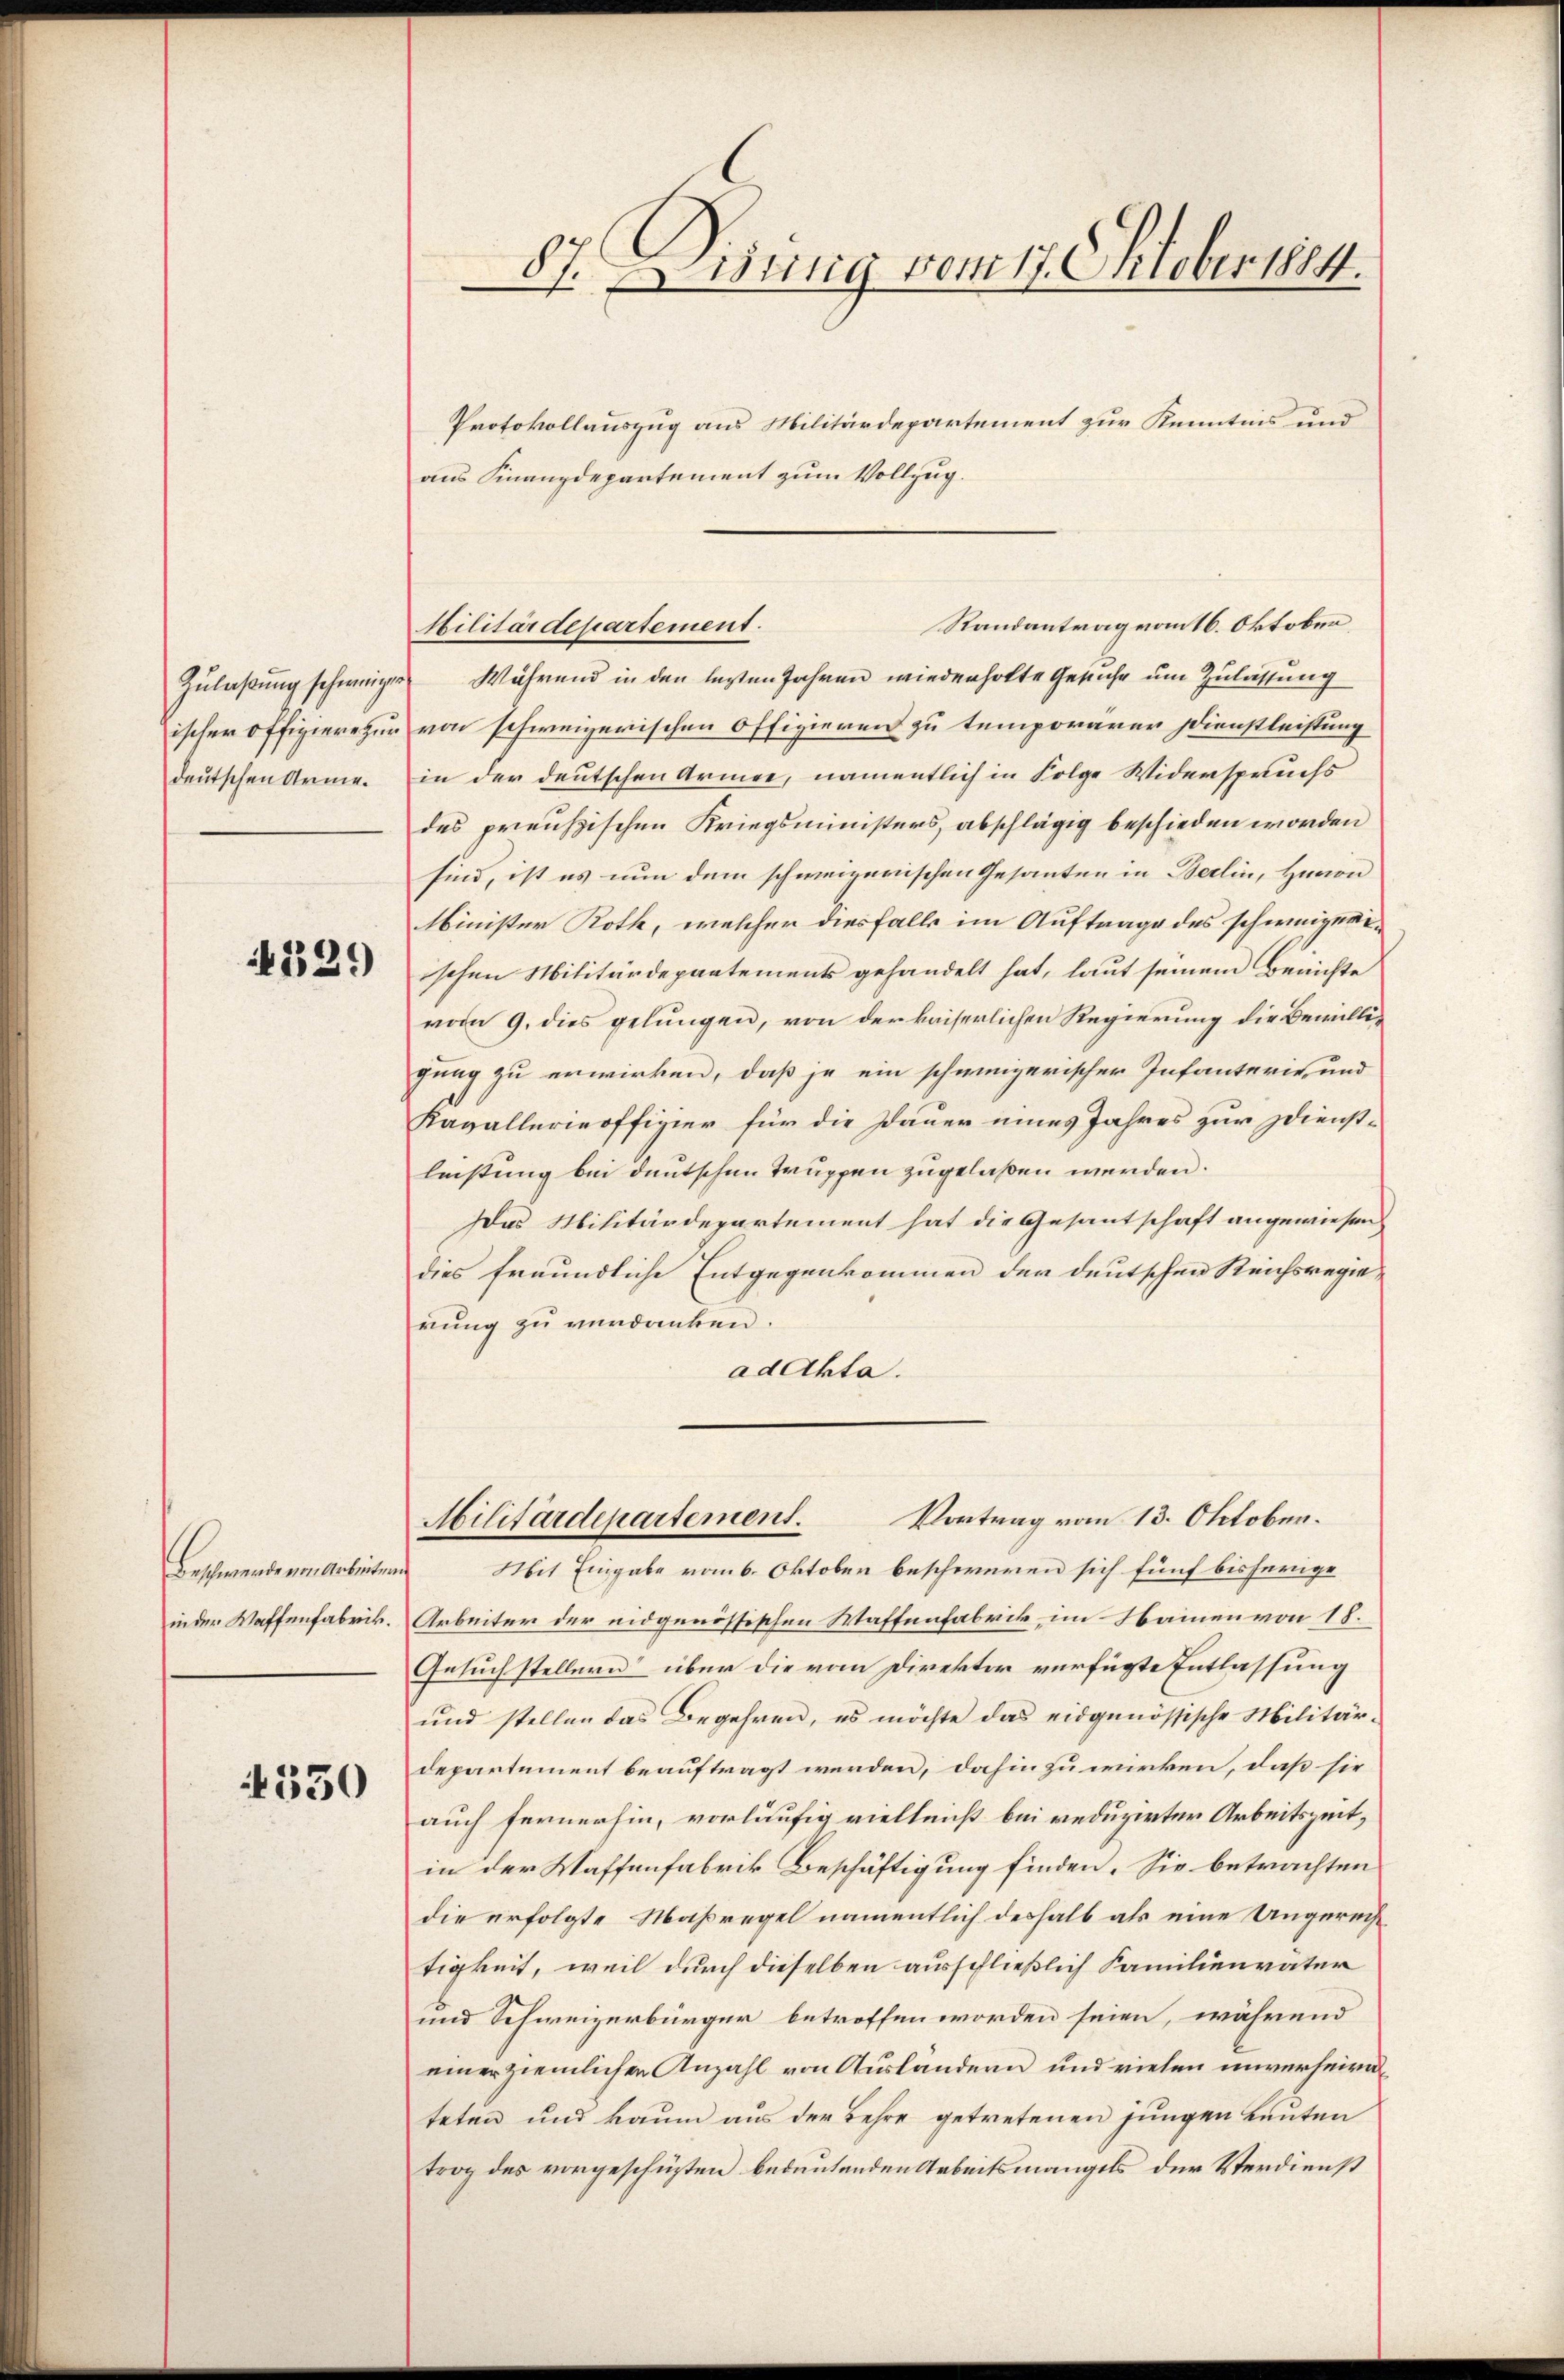
deutschen Arme.

529

Beschwende ein Arbeitung
in der Waffenfabrik.

4330

87. Disung vom 17. Oktober 1884.

Protokollauszug aus Militärdepartement zur Kenntnis und
aus Finanzdepartement zum Vollzug.
Randantrag von 16. Oktober,
Militärdepartement.
Zulaßung schweiger Während in den lezten Jahren wiederholte Gesuche um Zulassung
ischer Offiziere zur von schweizerischen Offizieren zu temporärer Dienstleistung
in der deutschen Armee, namentlich in Folge Widerspruchs
des preußischen Kriegsministers, abschlägig beschieden worden
sind, ist es nun dem schweizerischen Gesanten in Berlin, Harion
Minister Roth, welcher diesfalls im Auftrage des schweizeriischen Militärdepartements gehandelt hat, laut seinem Berichte
vom 9. dies gelungen, von der kaiserlichen Regierung die Bewilligung zu erwirken, daß je ein schweizerischer Infanterie, und
Kavallerieoffizier für die Dauer eines Jahres zur Dienstleistung bei deutschen Truppen zugelaßen werden.
Das Militärdepartement hat die Gesantschaft angewiesen
dies freundliche Entgegenkommen der deutschen Reichsregierŭng zu verdanken.
adAkta.
Vortrag vom 13. Oktober.
Militärdepartement.
Mit Eingabe vom 6. Oktober beschweren sich fünf bisherige
Arbeiter der eidgenössischen Waffenfabrik im Namen von 18.
Gesuchstellern“ über die vom Direktor verfügte Entlassung
und stellen das Begehren, es möchte das eidgenössische Militär-
departement beauftragt werden, dahin zu wirken, daß sie
auch fernerhin, vorläufig vielleicht bei reduzirter Arbeitszeitin der Waffenfabrik Beschäftigung finden. Sie betrachten
die erfolgte Maßregel namentlich deshalb als eine Ungereisttigkeit, weil durch dieselben ausschließlich Familienvater
und Schweizerbürger betroffen worden seien, während
einer ziemlicher Anzahl von Ausländern und vielen unverheirateten und kaum aus der Lehre getretenen jungen Leuten
trag des vorgeschüsten bedeutenden Arbeitsmangels der Verdienst